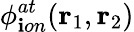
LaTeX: \phi_{\mathbf{i}on}^{at}(\textbf{{r}}_{1},\textbf{{r}}_{2})